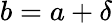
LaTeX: b=a+\delta